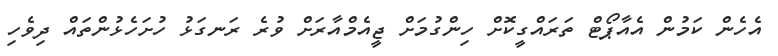
އެހެން ކަމުން އެއާޕޯޓް ތަރައްގީކޮށް ހިންގުމަށް ޖީއެމްއާރަށް ވުރެ ރަނގަޅު ހުށަހެޅުންތައް ދިވެހި